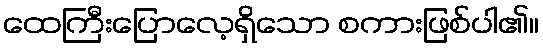
ထေကြီးပြောလေ့ရှိသော စကားဖြစ်ပါ၏။